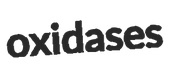
oxidases